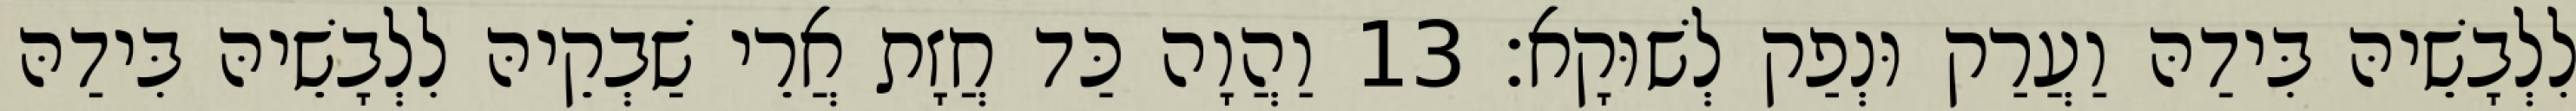
לִלְבָשֵׁיהּ בִּידַהּ וַעֲרַק וּנְפַק לְשׁוּקָא׃ 13 וַהֲוָה כַּד חֲזָת אֲרֵי שַׁבְקֵיהּ לִלְבָשֵׁיהּ בִּידַהּ